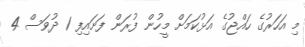
މި އަހަރުގެ ހައްޖުގެ އަޅުކަމަށް މީހުން ފުރަން ފަށައިފި 1 ދުވަސް 4